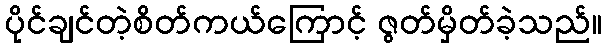
ပိုင်ချင်တဲ့စိတ်ကယ်ကြောင့် ဇွတ်မှိတ်ခဲ့သည်။